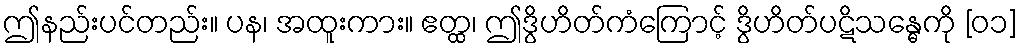
ဤနည်းပင်တည်း။ ပန၊ အထူးကား။ ဧတ္ထ၊ ဤဒွိဟိတ်ကံကြောင့် ဒွိဟိတ်ပဋိသန္ဓေကို [၀၁]